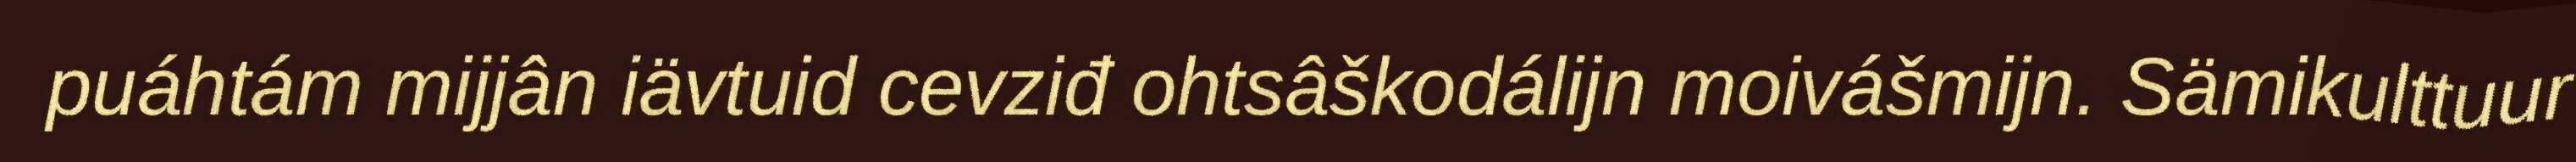
puáhtám mijjân iävtuid cevziđ ohtsâškodálijn moivášmijn. Sämikulttuur